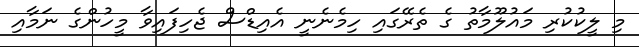
މި ލީކުކުރި މައުލޫމާތު ގެ ތެރޭގައި ހިމެނެނީ އެއިޑްސް ޖެހިފައިވާ މީހުންގެ ނަމާއި